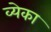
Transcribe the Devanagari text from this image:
व्येका